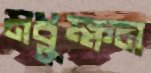
মধুক্ষন